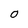
Character: O